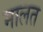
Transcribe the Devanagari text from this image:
मालत